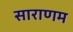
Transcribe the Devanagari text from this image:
साराणम